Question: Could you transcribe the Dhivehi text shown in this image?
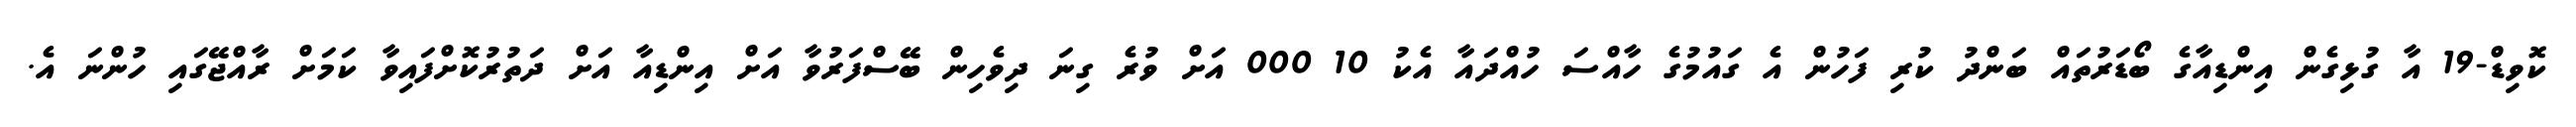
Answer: ކޮވިޑް-19 އާ ގުޅިގެން އިންޑިއާގެ ބޯޑަރުތައް ބަންދު ކުރި ފަހުން އެ ގައުމުގެ ހާއްސަ ހުއްދައާ އެކު 10 000 އަށް ވުރެ ގިނަ ދިވެހިން ބޭސްފަރުވާ އަށް އިންޑިއާ އަށް ދަތުރުކޮށްފައިވާ ކަމަށް ރާއްޖޭގައި ހުންނަ އެ.